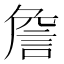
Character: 詹